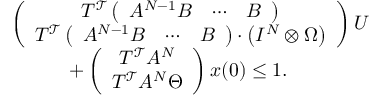
\begin{array} { r l } & { \left( \begin{array} { c } { T ^ { \mathcal { T } } \left( \begin{array} { c c c } { A ^ { N - 1 } B } & { \cdots } & { B } \end{array} \right) } \\ { T ^ { \mathcal { T } } \left( \begin{array} { c c c } { A ^ { N - 1 } B } & { \cdots } & { B } \end{array} \right) \cdot \left( I ^ { N } \otimes \Omega \right) } \end{array} \right) U } \\ & { \quad \quad \quad + \left( \begin{array} { c } { T ^ { \mathcal { T } } A ^ { N } } \\ { T ^ { \mathcal { T } } A ^ { N } \Theta } \end{array} \right) x ( 0 ) \leq 1 . } \end{array}